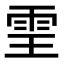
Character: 𩂊